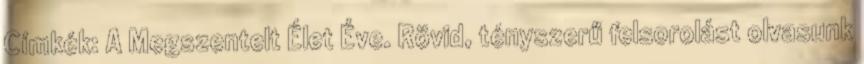
Címkék: A Megszentelt Élet Éve. Rövid, tényszerű felsorolást olvasunk